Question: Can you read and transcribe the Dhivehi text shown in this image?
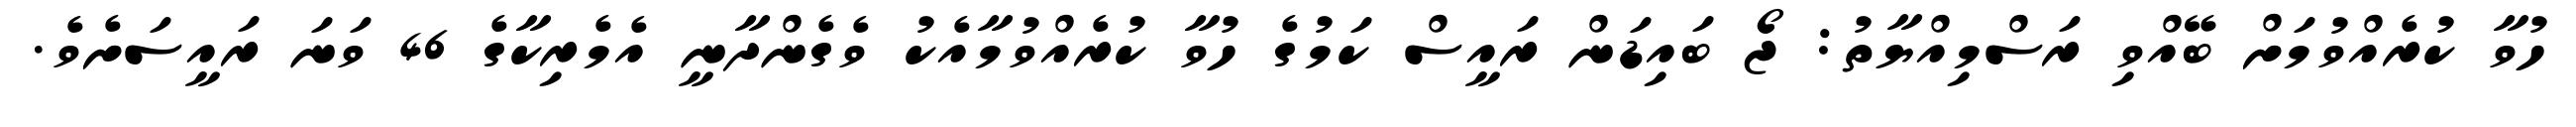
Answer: ހުވާ ކުރެއްވުމަށް ބޭއްވި ރަސްމިއްޔާތު: ޖޯ ބައިޑަން ރައީސް ކަމުގެ ހުވާ ކުރެއްވުމާއެކު ވެގެންދާނީ އެމެރިކާގެ 46 ވަނަ ރައީސަށެވެ.